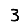
Digit: 3